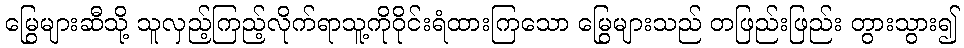
မြွေများဆီသို့ သူလှည့်ကြည့်လိုက်ရာသူ့ကိုဝိုင်းရံထားကြသော မြွေများသည် တဖြည်းဖြည်း တွားသွား၍